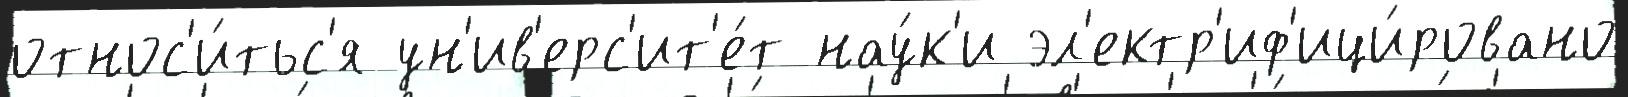
относ'и́тьс'я ун'ив'ерс'ит'е́т нау́к'и эл'ектр'иф'ици́ровано